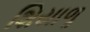
શિયાળૢ